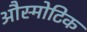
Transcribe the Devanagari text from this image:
औस्मोटिक